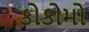
કોકોમો